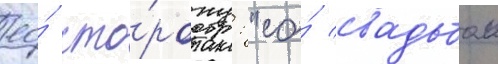
ео́ сто́рону: "со́ свадьбои